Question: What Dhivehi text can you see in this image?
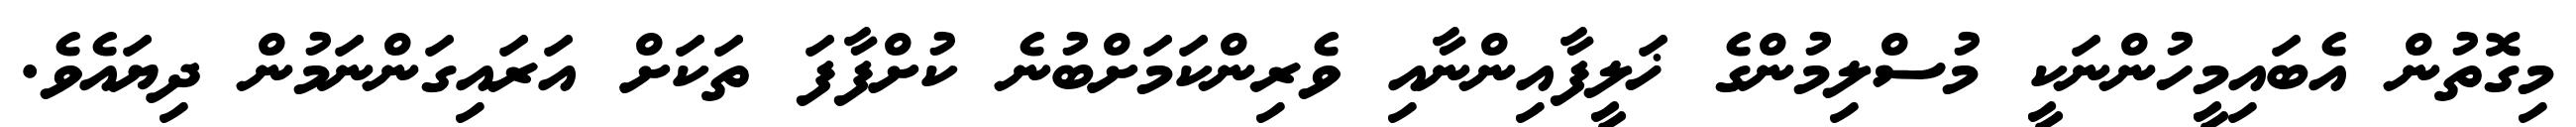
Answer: މިގޮތުން އެބައިމީހުންނަކީ މުސްލިމުންގެ ޚަލީފާއިންނާއި ވެރިންކަމަށްބުނެ ކުށްފާފަ ތަކަށް އަރައިގަންނަމުން ދިޔައެވެ.